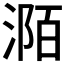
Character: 𣶊